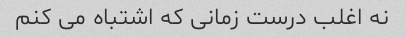
نه اغلب درست زمانی که اشتباه می کنم